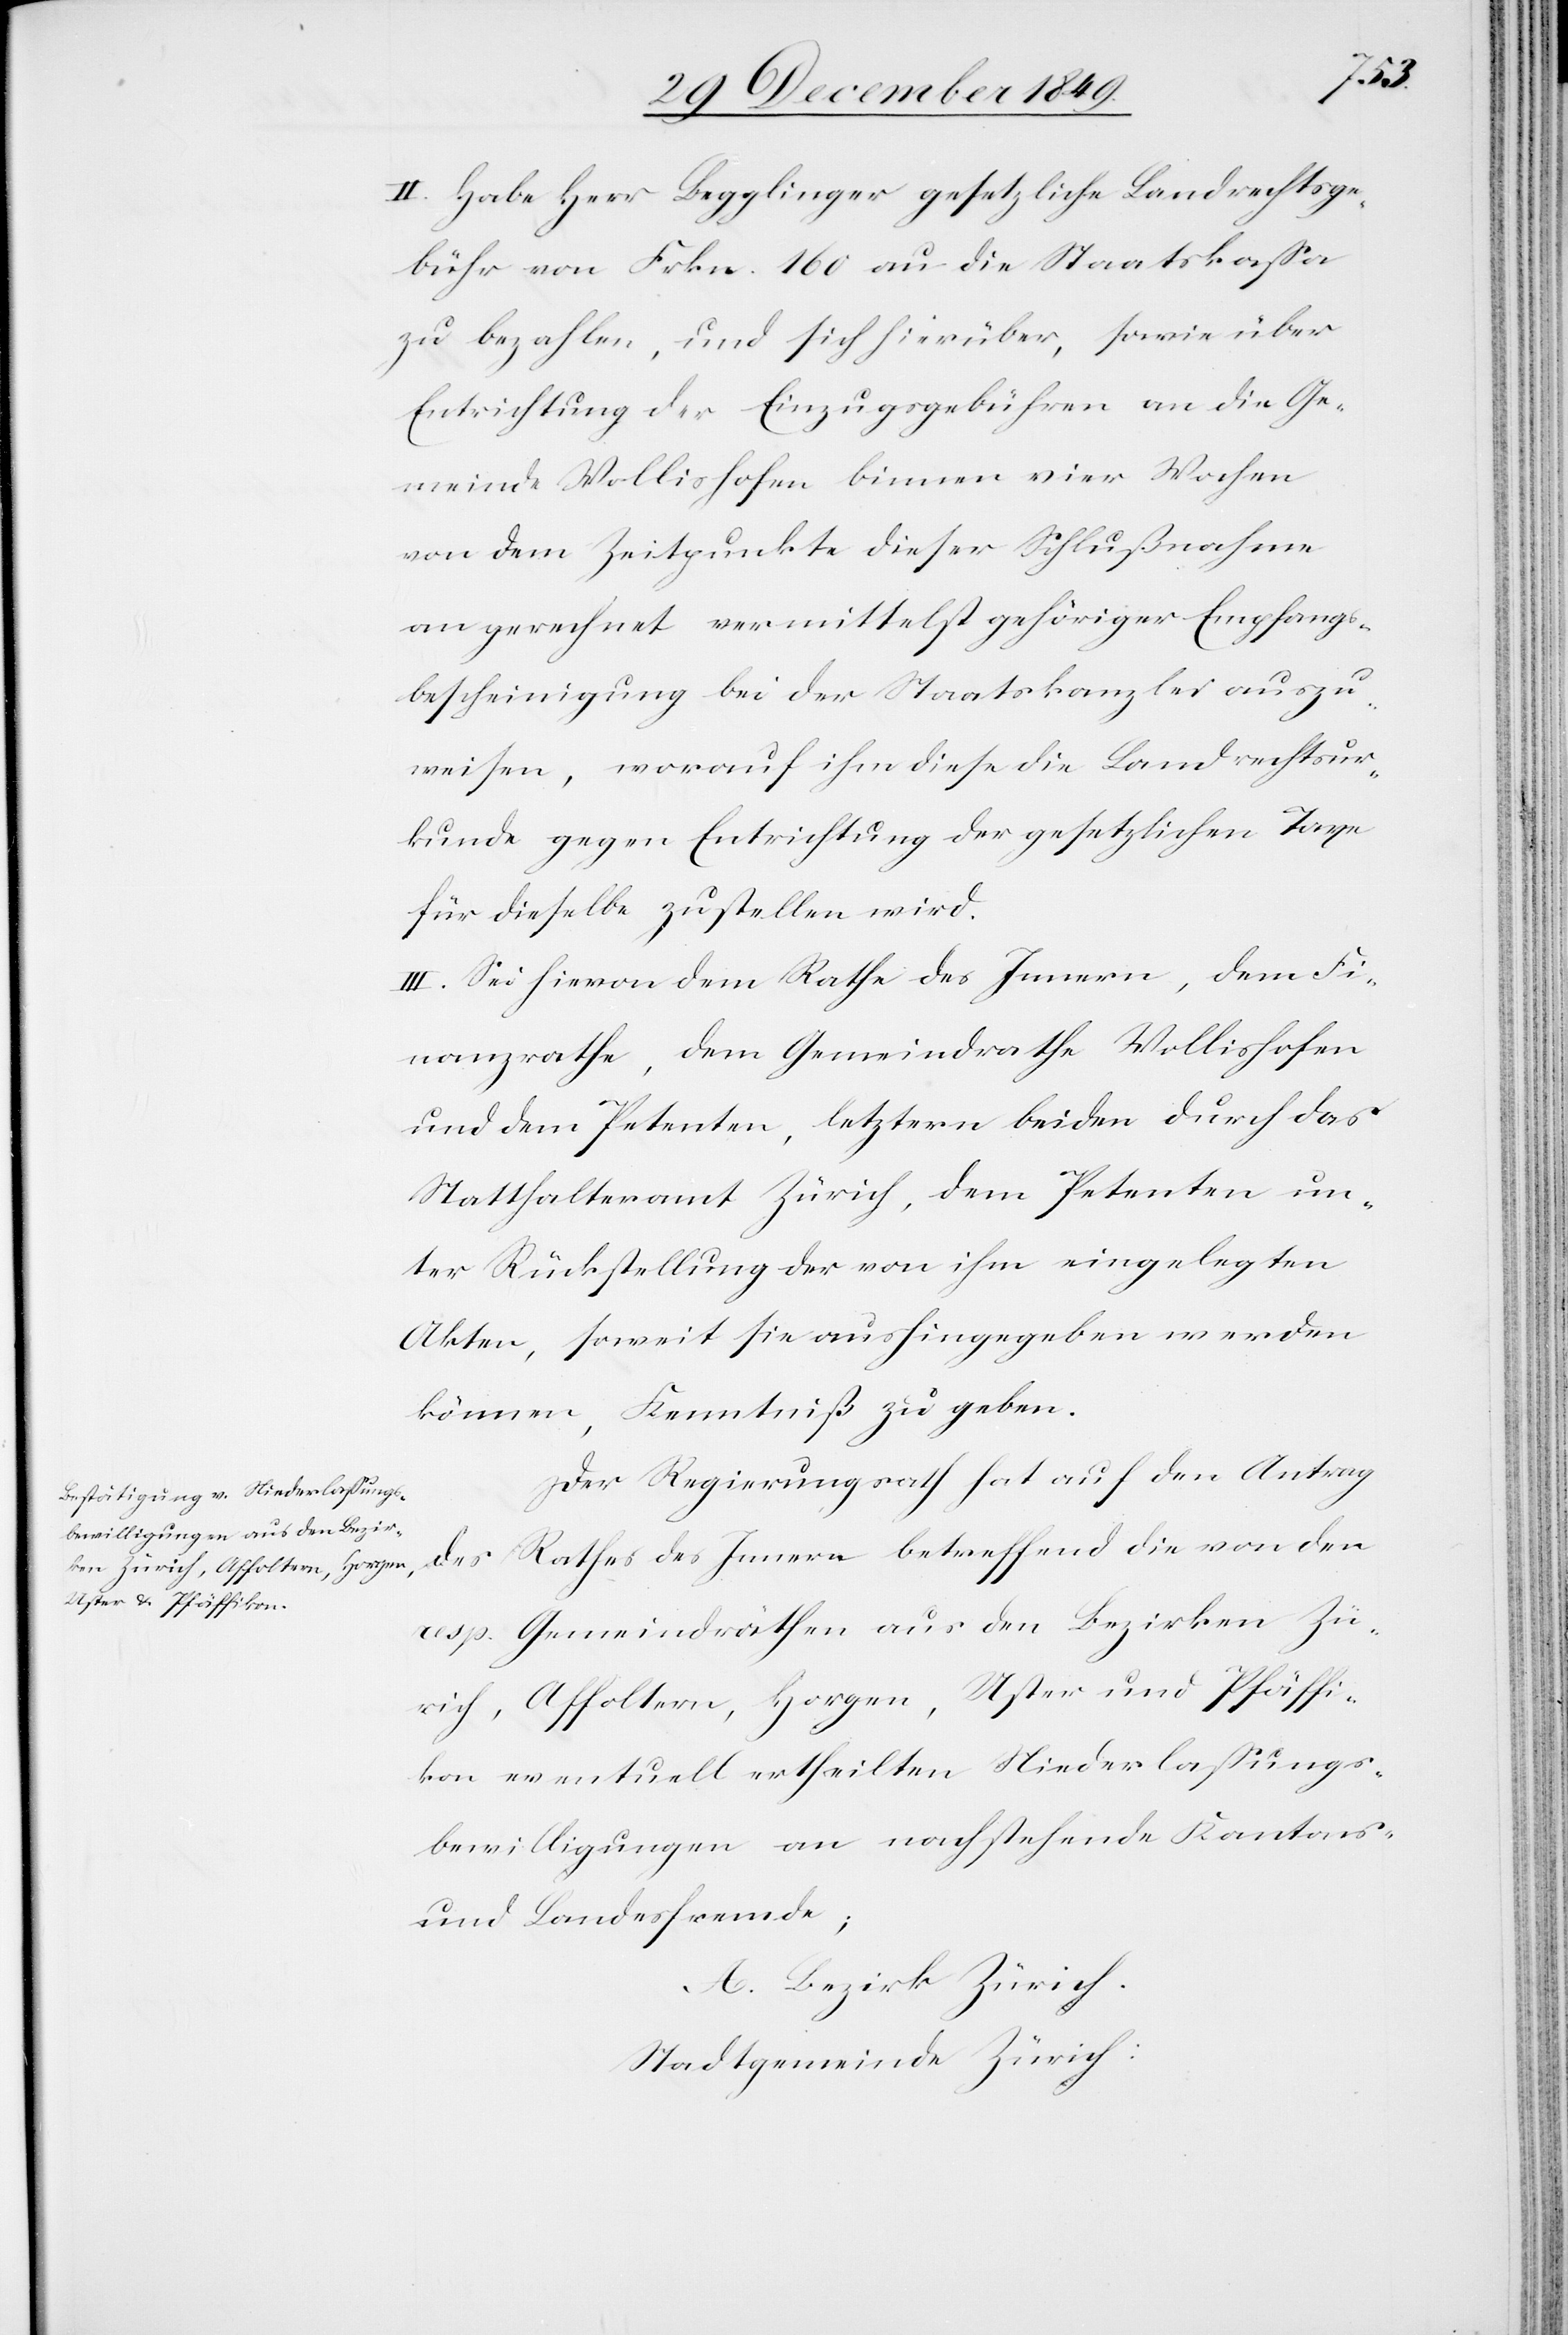
die
II. Habe Herr Begglinger gesetzliche Landrechtsge¬
bühr von Frkn. 160 an die Staatskaßa
zu bezahlen, und sich hierüber, sowie über
Entrichtung der Einzugsgebühren an die Ge¬
meinde Wollishofen binnen vier Wochen
von dem Zeitpunkte dieser Schlußnahme
an gerechnet vermittelst gehöriger Empfangs¬
bescheinigung bei der Staatskanzlei auszu¬
weisen, worauf ihm diese die Landrechtsur¬
kunde gegen Entrichtung der gesetzlichen Taxe
für dieselbe zustellen wird.
III. Sei hievon dem Rathe des Innern, dem Fi¬
nanzrathe, dem Gemeindrathe Wollishofen
und dem Petenten, letztern beiden durch das
Statthalteramt Zürich, dem Petenten un¬
ter Rückstellung der von ihm eingelegten
Akten, soweit sie aushingegeben werden
können, Kenntniß zu geben.
Der Regierungsrath hat auf den Antrag
Rathes des Innern betreffend die von den
des
resp. Gemeindräthen aus den Bezirken Zü¬
rich, Affoltern, Horgen, Uster und Pfäffi¬
kon eventuell ertheilten Niederlaßungs¬
bewilligungen an nachstehende Kantons-
und Landesfremde;
A. Bezirk Zürich.
Stadtgemeinde Zürich: